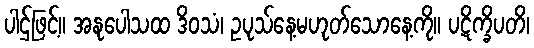
ပါဌ်ဖြင့်။ အနုပေါသထ ဒိဝသံ၊ ဥပုသ်နေ့မဟုတ်သောနေ့ကို။ ပဋိက္ခိပတိ၊